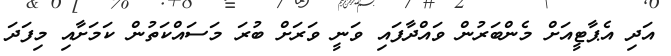
އަދި އެޕާޓީއަށް މެންބަރުން ވައްދާފައި ވަނީ ވަރަށް ބުރަ މަސައްކަތުން ކަމަށާއި މިފަދަ